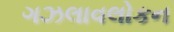
ગઝલાવલોકન